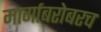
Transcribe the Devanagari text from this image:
मार्गाबरोबरच